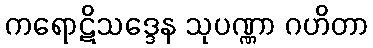
ကရောဋိသဒ္ဒေန သုပဏ္ဏာ ဂဟိတာ